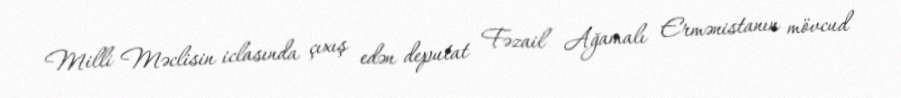
Milli Məclisin iclasında çıxış edən deputat Fəzail Ağamalı Ermənistanın mövcud